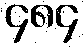
၄၈၄